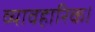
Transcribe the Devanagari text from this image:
व्यावहारिक।